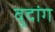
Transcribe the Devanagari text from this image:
वुदांग